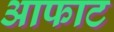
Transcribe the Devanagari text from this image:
आफाट